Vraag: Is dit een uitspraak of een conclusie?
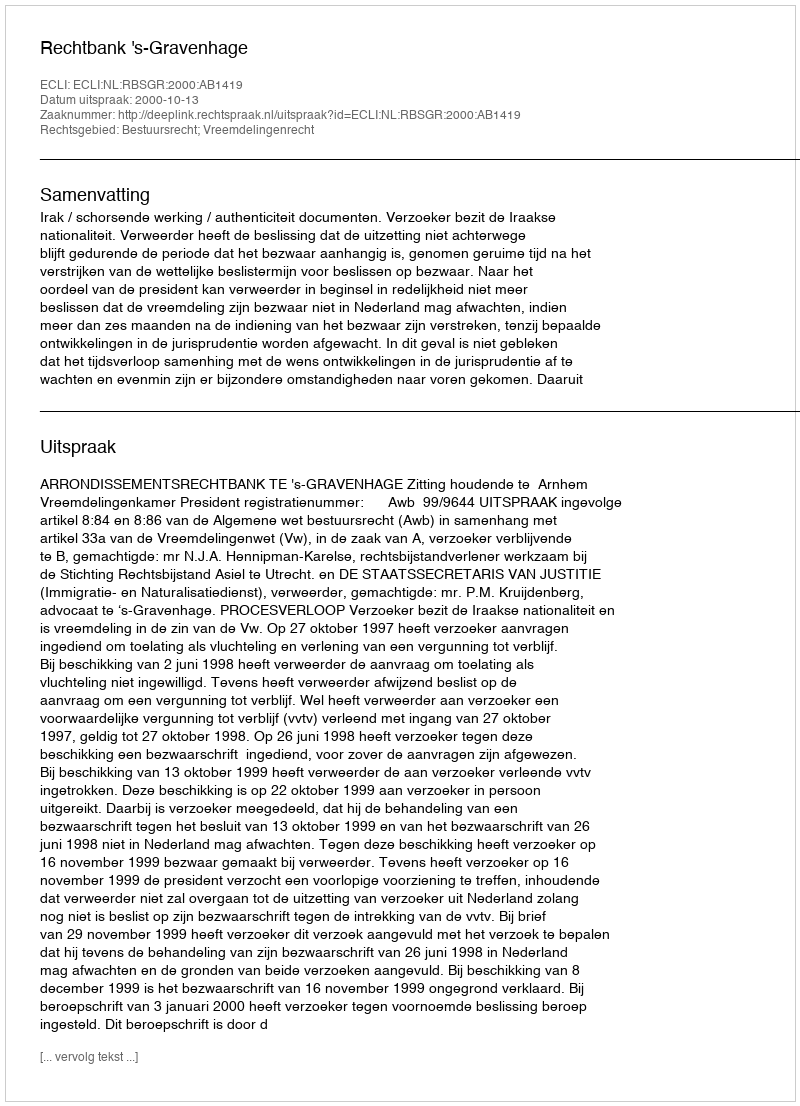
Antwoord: Uitspraak